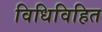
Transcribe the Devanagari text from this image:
विधिविहित